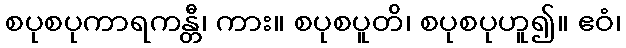
စပုစပုကာရကန္တီ၊ ကား။ စပုစပူတိ၊ စပုစပုဟူ၍။ ဧဝံ၊